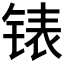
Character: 𰾍